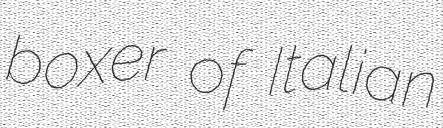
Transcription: boxer of Italian